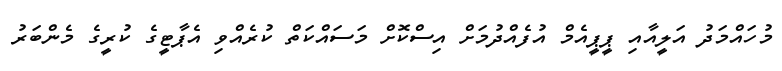
މުހައްމަދު އަލީއާއި ޕީޕީއެމް އުފެއްދުމަށް އިސްކޮށް މަސައްކަތް ކުރެއްވި އެޕާޓީގެ ކުރީގެ މެންބަރު